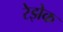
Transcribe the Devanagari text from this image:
रेझेक